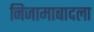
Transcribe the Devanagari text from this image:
निजामाबादला